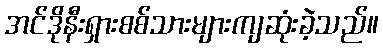
အင်ဒိုနီးရှားစစ်သားများကျဆုံးခဲ့သည်။